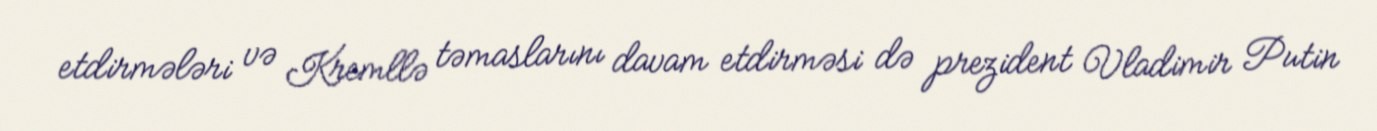
etdirmələri və Kremllə təmaslarını davam etdirməsi də prezident Vladimir Putin